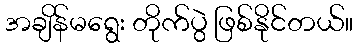
အချိန်မရွေး တိုက်ပွဲ ဖြစ်နိုင်တယ်။